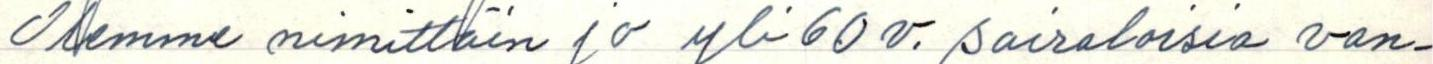
Olemme nimittäin jo oli 60 v. sairaloisia van-